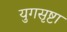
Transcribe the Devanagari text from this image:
युगसृष्टा